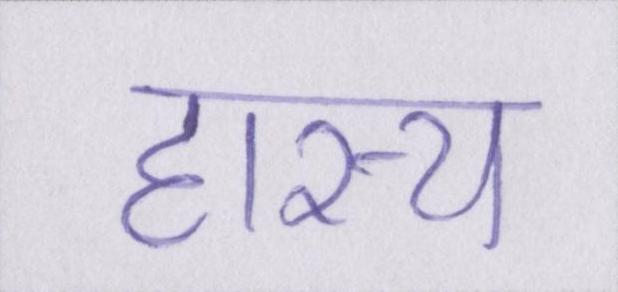
हास्य